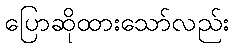
ပြောဆိုထားသော်လည်း